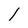
Character: l